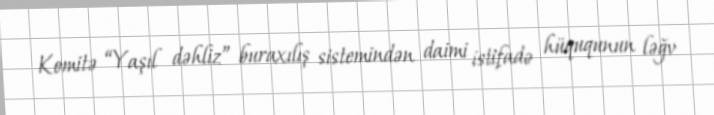
Komitə “Yaşıl dəhliz” buraxılış sistemindən daimi istifadə hüququnun ləğv